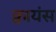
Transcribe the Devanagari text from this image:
क्वायंस